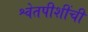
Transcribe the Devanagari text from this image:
श्वेतपीशींची